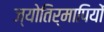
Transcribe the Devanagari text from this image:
ज्योतिर्मापियों